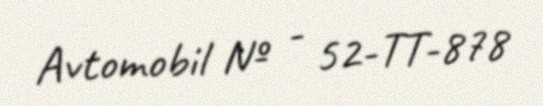
Avtomobil № - 52-TT-878